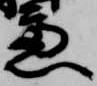
慮